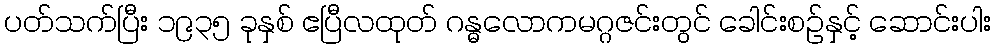
ပတ်သက်ပြီး ၁၉၃၅ ခုနှစ် ဧပြီလထုတ် ဂန္ဓလောကမဂ္ဂဇင်းတွင် ခေါင်းစဉ်နှင့် ဆောင်းပါး